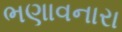
ભણાવનારા